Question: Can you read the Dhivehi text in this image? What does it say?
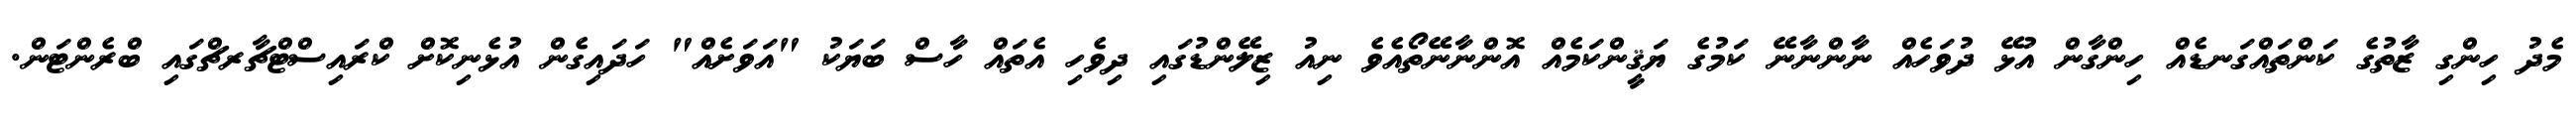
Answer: މެދު ހިންގި ޒާތުގެ ކަންތައްގަނޑެއް ހިންގާން އުޅޭ ދުވަހެއް ނާންނާނޭ ކަމުގެ ޔަޤީންކަމެއް އޮންނާނޭތޯއެވެ ނިއު ޒިލޭންޑުގައި ދިވެހި އެތައް ހާސް ބަޔަކު "އަވަށެއް" ހަދައިގެން އުޅެނިކޮށް ކްރައިސްޓްޗާރޗްގައި ބްރެންޓަން.